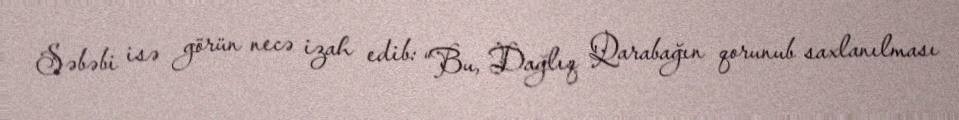
Səbəbi isə görün necə izah edib: “Bu, Dağlıq Qarabağın qorunub saxlanılması